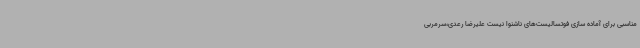
مناسبی برای آماده سازی فوتسالیست‌های ناشنوا نیست علیرضا رعدی،سرمربی